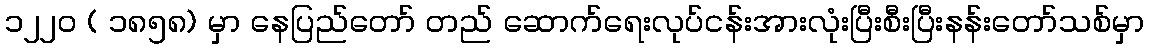
၁၂၂၀ ( ၁၈၅၈) မှာ နေပြည်တော် တည် ဆောက်ရေးလုပ်ငန်းအားလုံးပြီးစီးပြီးနန်းတော်သစ်မှာ